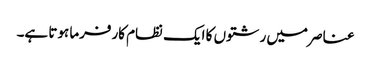
عناصر میں رشتوں کا ایک نظام کارفرما ہوتا ہے۔